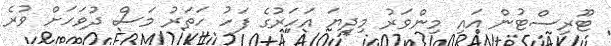
ޓޫރިސްޓުން އައި މިންވަރު މިދިޔަ އަހަރުގެ ފަހު ހަތަރު މަސް ދުވަހަށް ވުރެ